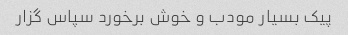
پیک بسیار مودب و خوش برخورد سپاس گزار